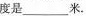
度是___米.